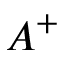
A ^ { + }